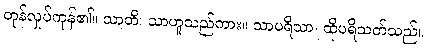
တုန်လှုပ်ကုန်၏။ သာတိ၊ သာဟူသည်ကား။ သာပရိသာ၊ ထိုပရိသတ်သည်။